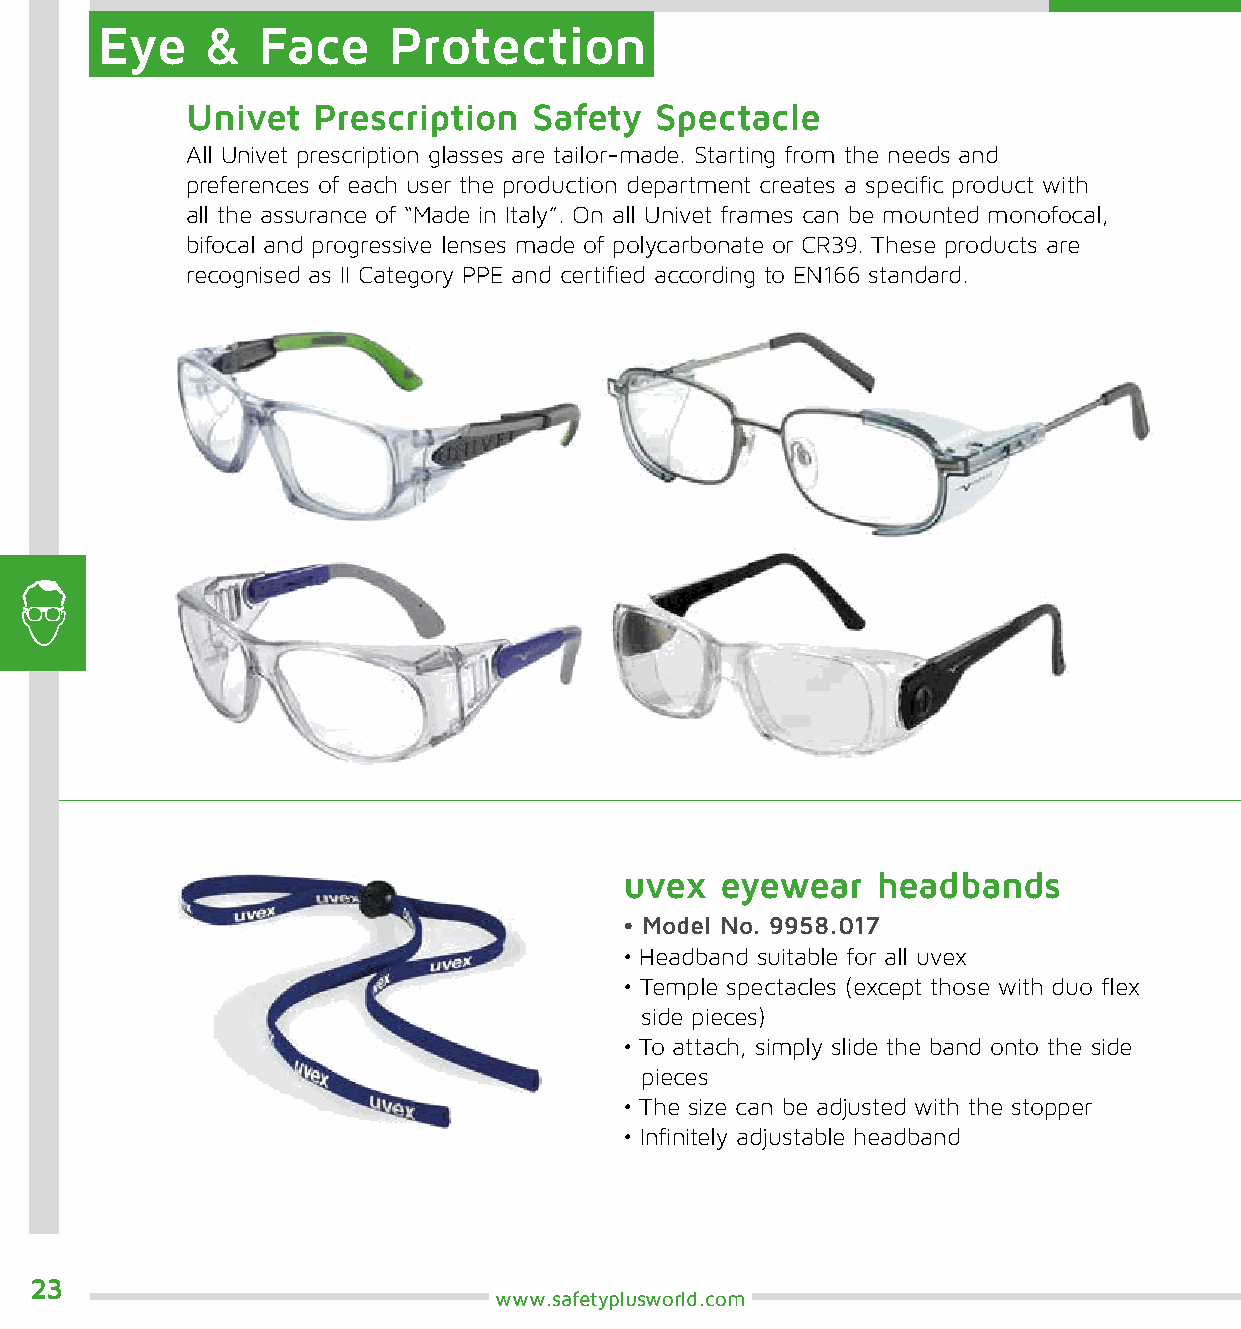
Eye     &  Face     Protection
 Univet   Prescription  Safety  Spectacle
 All Univet prescription glasses are tailor-made. Starting from the needs and
 preferences of each user the production department creates a specific product with
 all the assurance of “Made in Italy”. On all Univet frames can be mounted monofocal,
 bifocal and progressive lenses made of polycarbonate or CR39. These products are
 recognised as II Category PPE and certified according to EN166 standard.
 uvex   eyewear   headbands
 • Model No. 9958.017
 • Headband suitable for all uvex
 • Temple spectacles (except those with duo flex
 side pieces)
 • To attach, simply slide the band onto the side
 pieces
 • The size can be adjusted with the stopper
 • Infinitely adjustable headband
 23
 www.safetyplusworld.com